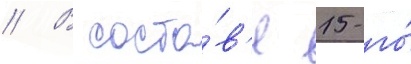
// В соста́в'е 15-го́